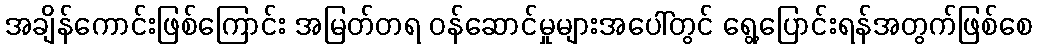
အချိန်ကောင်းဖြစ်ကြောင်း အမြတ်တရ ဝန်ဆောင်မှုများအပေါ်တွင် ရွေ့ပြောင်းရန်အတွက်ဖြစ်စေ